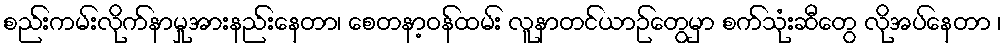
စည်းကမ်းလိုက်နာမှုအားနည်းနေတာ၊ စေတနာ့ဝန်ထမ်း လူနာတင်ယာဉ်တွေမှာ စက်သုံးဆီတွေ လိုအပ်နေတာ ၊